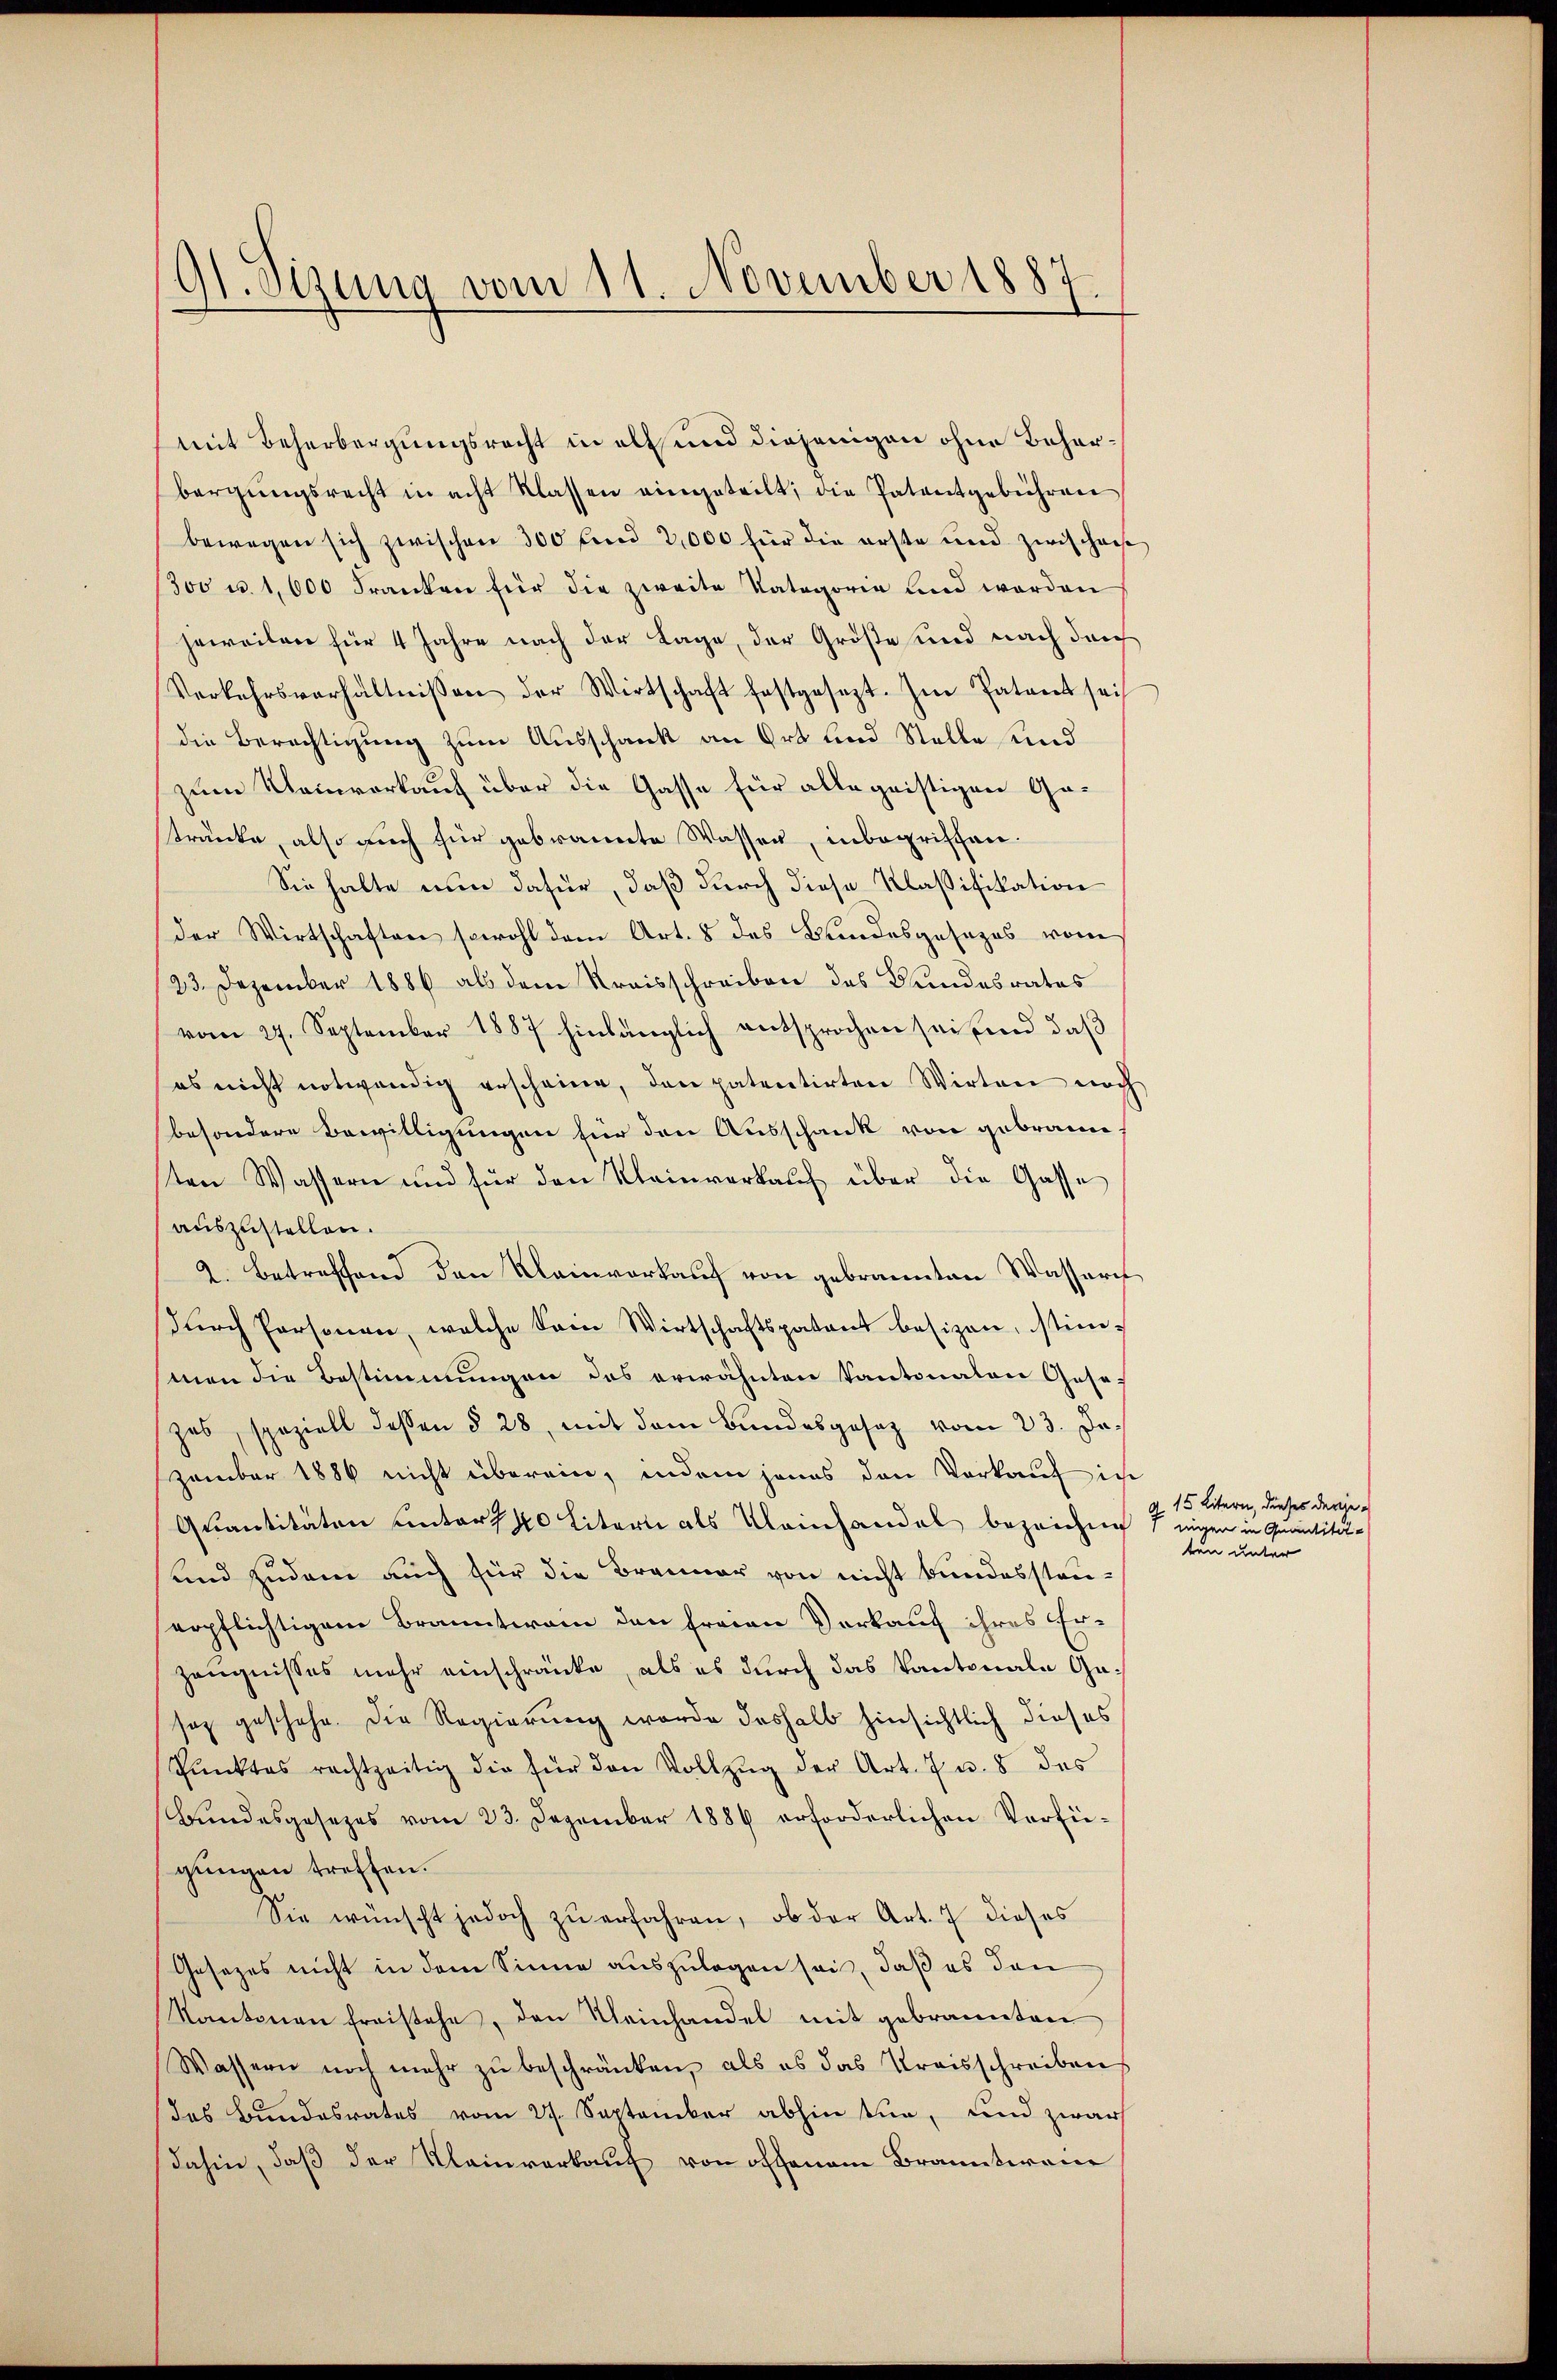
91. Sizung vom 11. November 1887.

mit Beherbergungsrecht in als und diejenigen ohne Behörbergŭngsrecht in acht Klassen eingeteilt; die Patentgebühren
bewegen sich zwischen 300 sind 2,000 für die erste und zwischen
300 u. 1,600 Franken für die zweite Kategorie und worden
jeweilen für 4 Jahre nach der Lage, der Größe und nach durch
Verkehrsverhältnissen der Wirtschaft festgesezt. Im Patent sei
die Berechtigung zum Ausschank an Ort und Stelle und
zum Neinverkauf über die Gasse für alle geistigen Gatränke, also auch für gebrannte Wassen, inbegriffen.
Sie halte nun dafür, daß durch diese Klaßifikation
der Wirtschaften sowohl dem Art. 8 des Bundesgesezes vom
23. Dezember 1886 als dem Kreisschreiben des Bundesrates
vom 27. September 1887 hinlänglich entsprochen sei, und daß
es nicht notwendig erscheine, den patentirten Wirten noch
besondere Bewilligungen für den Ausschank von gebraun
sten Wassern und für den Kleinverkauf über die Gasse
auszustellen.
2. Betreffend den Kleinverkaŭf von gebrannten Wassern
dŭrch Personen, welche kein Wirtschaftspatent besizen, stimman die Bestimmungen des erwähnten Kantonalen Gesezes, speziell dessen § 28, mit dem Bundesgesetz vom 23. Jazember 1886 nicht überein, indem jenes den Vorkauf in
Quantitäten unters 40 litern als Kleinhandel bezeichni
und zudem auch für die Branner von nicht bundesstauropflichtigem Brannterain den freien Verkauf ihres Erzeugnisses mehr einschränke, als es durch das kantonale Gasaz geschehe. Die Regierung wurde deshalb hinsichtlich dieses
Pŭnktes rechtzeitig die für den Vollzŭg der Art. 7 u. 8 des
Bundesgesezes vom 23. Dezember 1886 erforderlichen Verfügungen treffen.
Sie wünscht jedoch zu erfahren, ob der Art. 7 dieses
Gesezes nicht in dem Sinne auszulegen sei, daß es den
Kantonen freistehe, den Kleinhandel mit gebrannten
Wassern noch mehr zu beschränken, als es das Kreisschreiben
das Bundesrates vom 27. September abhin tun, und zwar
dahin, daß der Kleinverkauf von offenem Branntwein

15 Litern, dieses derjein Quantitäte
 unter